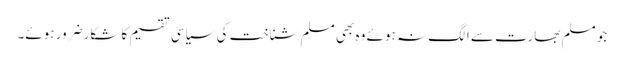
جو مسلم بھارت سے الگ نہ ہوئے وہ بھی مسلم شناخت کی سیاسی تقسیم کا شکارضرور ہوئے۔